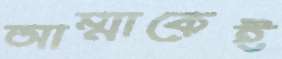
আম্মাকেই